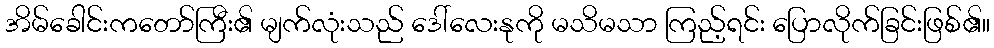
အိမ်ခေါင်းကတော်ကြီး၏ မျက်လုံးသည် ဒေါ်လေးနုကို မသိမသာ ကြည့်ရင်း ပြောလိုက်ခြင်းဖြစ်၏။